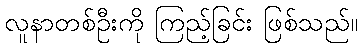
လူနာတစ်ဦးကို ကြည့်ခြင်း ဖြစ်သည်။